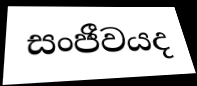
සංජීවයද